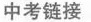
中考链接